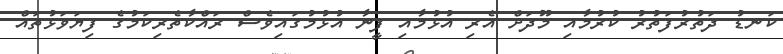
ކަނޑު ދަތުރުފަތުރު ކުރުމާއި މޫދަށް އެރި އުޅުމާއި ފީނާ އުޅުމުގައިވެސް ރައްކާތެރިކަމުގެ ފިޔަވަޅުތައް